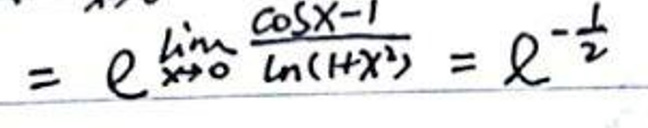
\[ = e^{\lim_{x \to 0} \frac{\cos x - 1}{\ln(1 + x^2)}} = e^{-\frac{1}{2}} \]